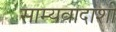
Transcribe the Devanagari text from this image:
साम्यवादाशी